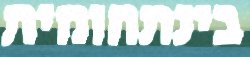
בינתחומית